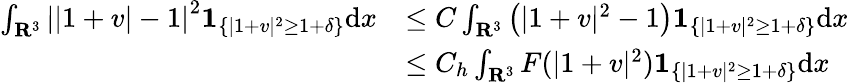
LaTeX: \begin{array}{rl}{\int_{{\mathbf R}^{3}}\left||1+v|-1\right|^{2}\mathbf{1}_{\{ |1+v|^{2}\geq 1+\delta\} }\mathrm dx}&{\leq C\int_{{\mathbf R}^{3}}\left(|1+v|^{2}-1\right)\mathbf{1}_{\{ |1+v|^{2}\geq 1+\delta\} }\mathrm dx}\\ &{\leq C_{h}\int_{{\mathbf R}^{3}}F(|1+v|^{2})\mathbf{1}_{\{ |1+v|^{2}\geq 1+\delta\} }\mathrm dx}\end{array}